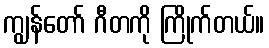
ကျွန်တော် ဂီတကို ကြိုက်တယ်။